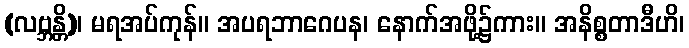
(လဗ္ဘန္တိ)၊ မရအပ်ကုန်။ အပရဘာဂေပန၊ နောက်အဖို့၌ကား။ အနိစ္စတာဒီဟိ၊